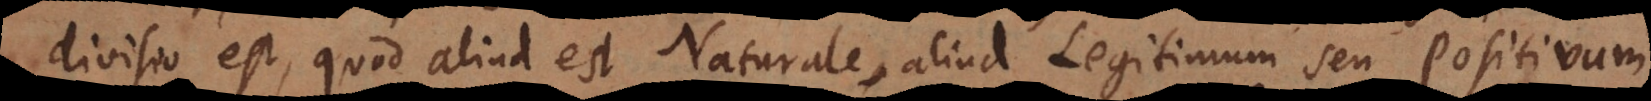
divisio est, quod aliud est Naturale, aliud Legitimum seu Positivum,